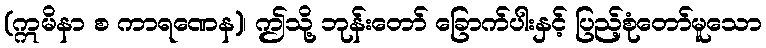
(ဣမိနာ စ ကာရဏေန)၊ ဤသို့ ဘုန်းတော် ခြောက်ပါးနှင့် ပြည့်စုံတော်မူသော